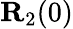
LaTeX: {\mathbf R}_{2}(0)